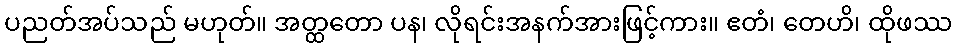
ပညတ်အပ်သည် မဟုတ်။ အတ္ထတော ပန၊ လိုရင်းအနက်အားဖြင့်ကား။ ဧတံ၊ တေဟိ၊ ထိုဖဿ